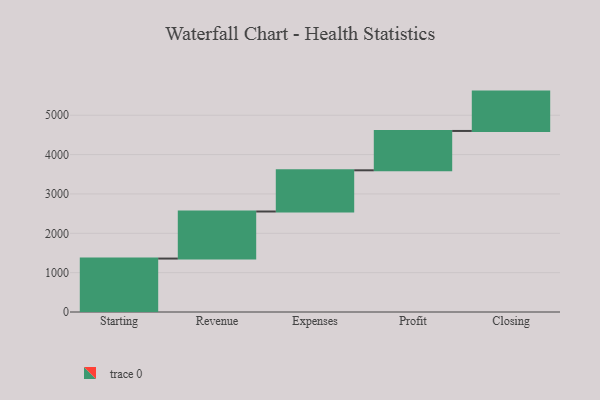
{"axis": {"x": "Step", "y": "Value"}, "legend": [""], "data": [{"x": "Starting", "y": 1358.0, "type": ""}, {"x": "Revenue", "y": 1196.0, "type": ""}, {"x": "Expenses", "y": 1047.0, "type": ""}, {"x": "Profit", "y": 1000, "type": ""}, {"x": "Closing", "y": 1000, "type": ""}]}